Civil Veterinary Department. Madras. Admin. report 1910-25 - 1910-1925
Year: 1910
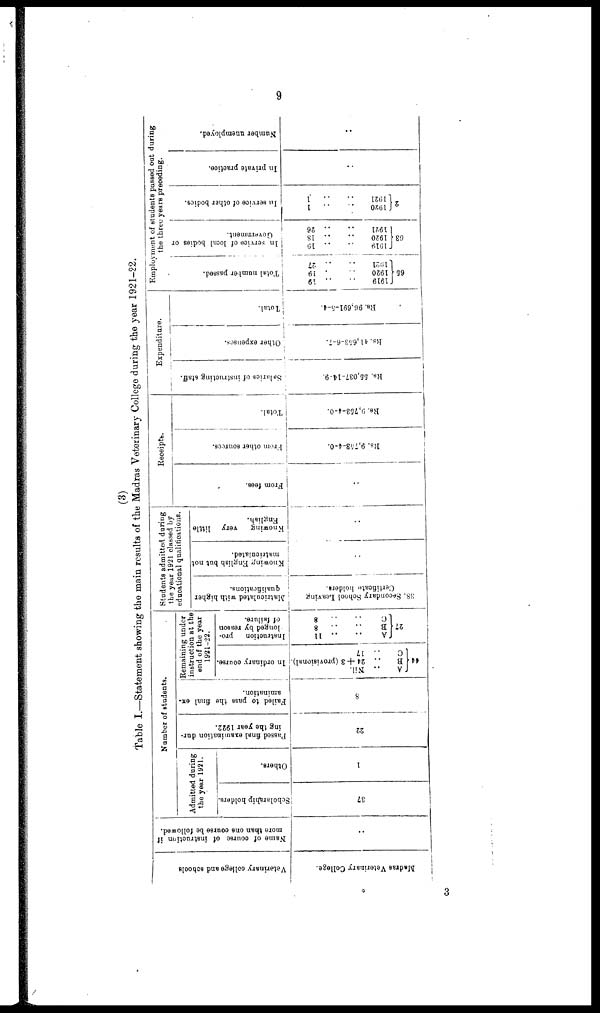
9
(3)
Table I.—Statement showing the main results of the Madras Veterinary College during the year 1921-22.
Veterinary college and schools
Madras Veterinary College.
Name of course of instruction if
more than one course be followed.
..
Number of students.
Admitted during
the year 1921.
Scholarship holders.
37
Others.
1
Passed final examination dur-
ing the year 1922.
22
Failed to pass
the final ex.
amination.
8
Remaining under
instruction at the
end of the year
1921-22.
A .. Nil.
B .. 24 + 3 (provisional). In ordinary course.
C .. 17
Instruction
pro-
longed by reason
of failure.
A
..
.. 11
B
.. ..
8
C .. ..
8
Students admitted during
the year 1921 classed by
educational qualifications.
Matriculated with higher
qualifications.
38.
Secondary School Leaving
Certificate holders.
Knowing English but not
matriculated.
..
Knowing
very little
English.
..
Receipts.
From fees.
..
From other sources.
Rs.
9,70 8-4-0.
Total.
lis. 9,753-4-0.
Expenditure.
Salaries of instructing staff.
Rs.
55,037-14-9.
Other expenses.
Rs.41,653-6-7.
Total.
Rs. 96,691-5-4.
Employment of students passed out during
the three years proceding.
Total number passed.
1920
..
..
19
65
1920
..
..
19
1021
..
..
27
In service of local bodies or
Government.
1919 .. .. 10
63
1920 ..
.. 18
1921 ..
.. 26
In service of other bodies.
1920 .. ..
1
2
1921
..
..
1
In private practice.
..
Number unemployed.
..
3